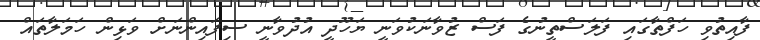
ފާއިތުވި ހަފްތާގައި ފަލަސްތީނުގެ ފަސް ޒުވާނަކުވަނީ ޔަހޫދީ އުދުވާނީ ސިފައިންނަށް ވަޅިން ހަމަލާތައް